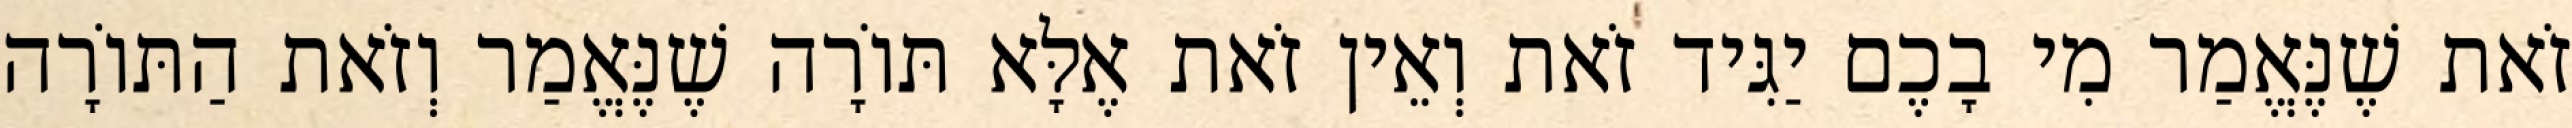
זֹאת שֶׁנֶּאֱמַר מִי בָכֶם יַגִּיד זֹאת וְאֵין זֹאת אֶלָּא תּוֹרָה שֶׁנֶּאֱמַר וְזֹאת הַתּוֹרָה